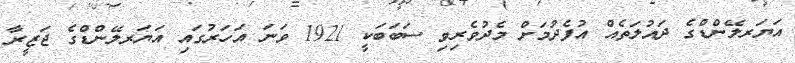
އަޔަރލޭންޑްގެ ދައުލަތެއް އުފެދުމަށް މެދުވެރިވި ސަބަބަކީ 1921 ވަނަ އަހަރުގައި އަޔަރލޭންޑްގެ ޖަޒީރާ